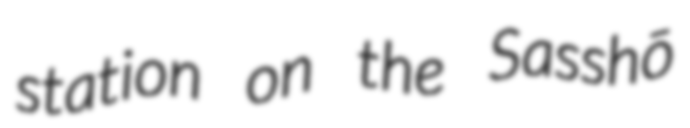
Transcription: station on the Sasshō